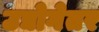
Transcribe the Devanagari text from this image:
उद्योगेतर